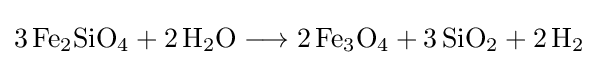
{3\,\mathrm {Fe} {\vphantom {A}}_{\smash[{t}]{2}}\mathrm {SiO} {\vphantom {A}}_{\smash[{t}]{4}}{}+{}2\,\mathrm {H} {\vphantom {A}}_{\smash[{t}]{2}}\mathrm {O} {}\mathrel {\longrightarrow } {}2\,\mathrm {Fe} {\vphantom {A}}_{\smash[{t}]{3}}\mathrm {O} {\vphantom {A}}_{\smash[{t}]{4}}{}+{}3\,\mathrm {SiO} {\vphantom {A}}_{\smash[{t}]{2}}{}+{}2\,\mathrm {H} {\vphantom {A}}_{\smash[{t}]{2}}}